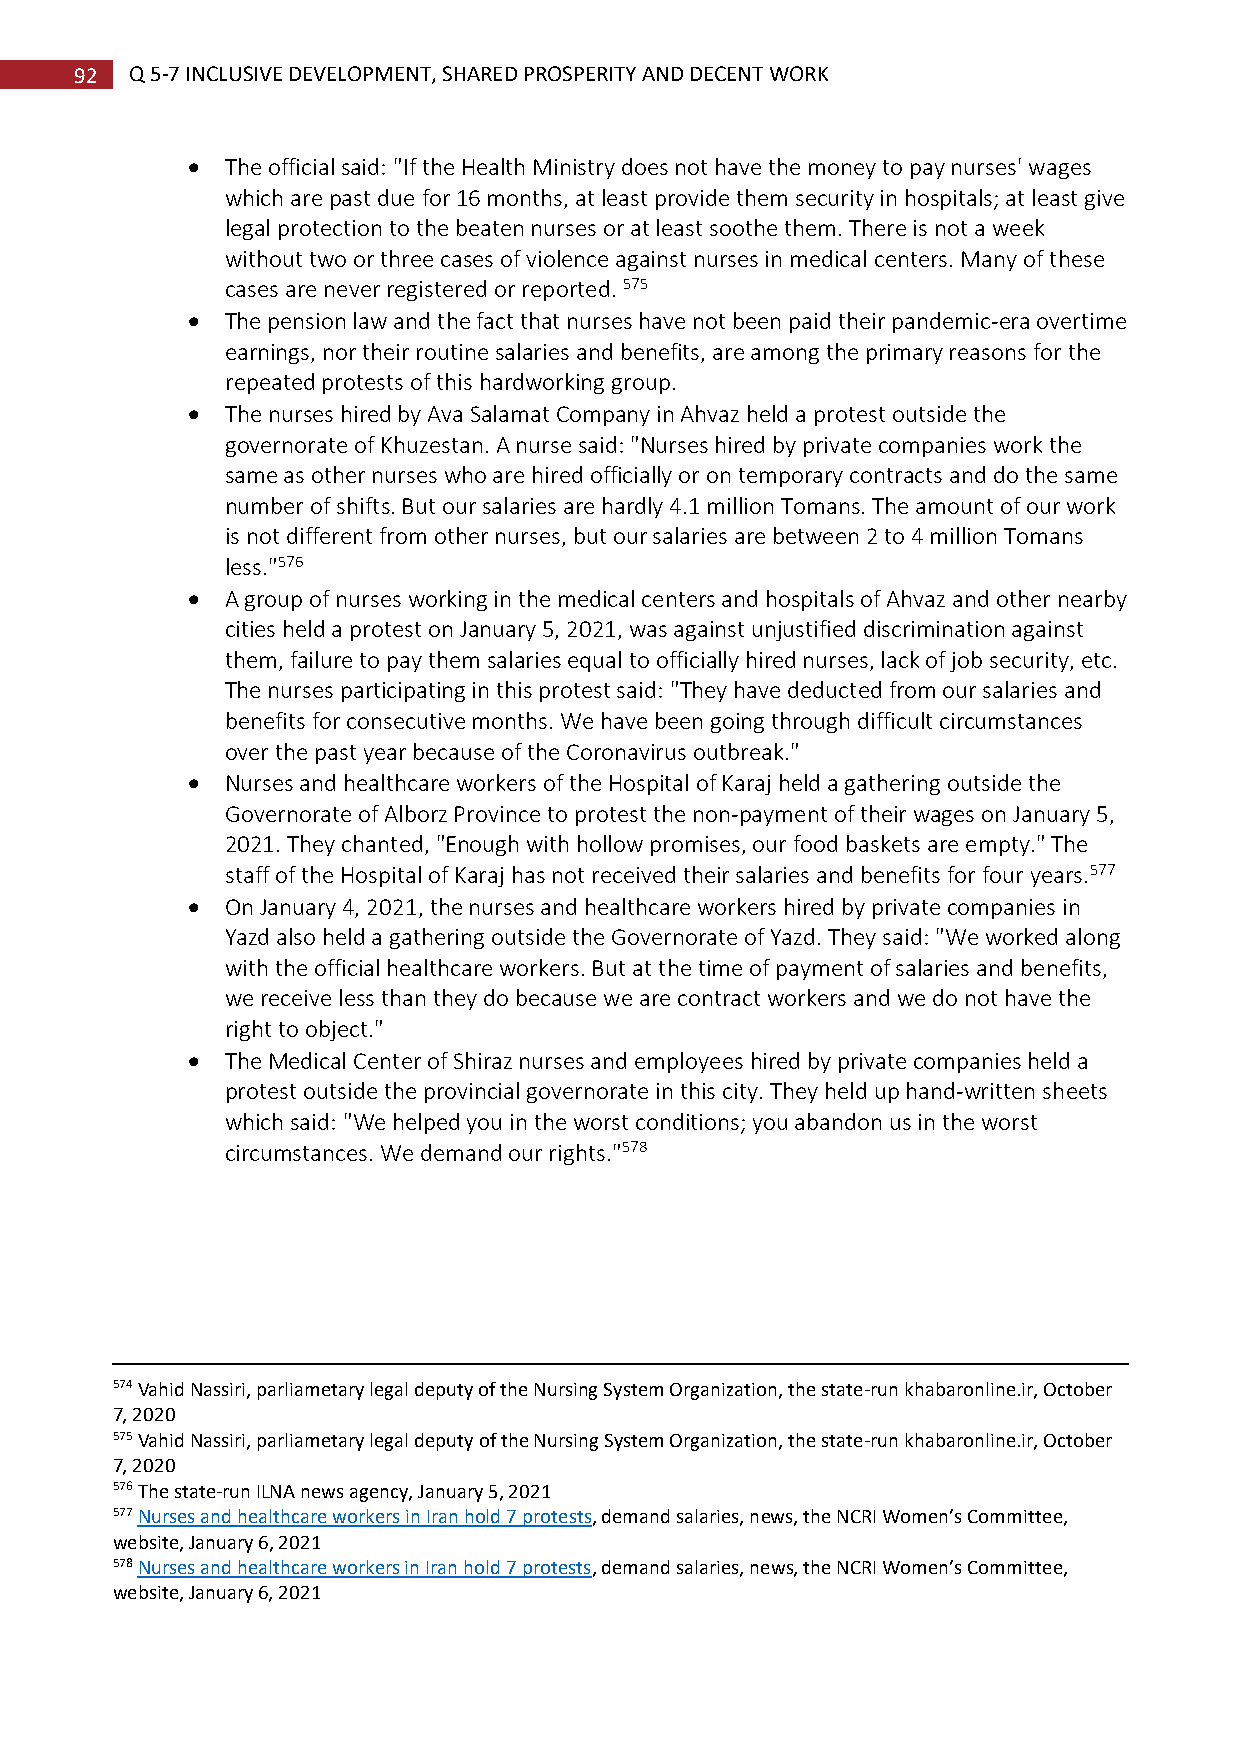
92  Q 5-7 INCLUSIVE DEVELOPMENT, SHARED PROSPERITY AND DECENT WORK
   The official said: "If the Health Ministry does not have the money to pay nurses' wages
 which are past due for 16 months, at least provide them security in hospitals; at least give
 legal protection to the beaten nurses or at least soothe them. There is not a week
 without two or three cases of violence against nurses in medical centers. Many of these
 cases are never registered or reported. 575
   The pension law and the fact that nurses have not been paid their pandemic-era overtime
 earnings, nor their routine salaries and benefits, are among the primary reasons for the
 repeated protests of this hardworking group.
   The nurses hired by Ava Salamat Company in Ahvaz held a protest outside the
 governorate of Khuzestan. A nurse said: "Nurses hired by private companies work the
 same as other nurses who are hired officially or on temporary contracts and do the same
 number of shifts. But our salaries are hardly 4.1 million Tomans. The amount of our work
 is not different from other nurses, but our salaries are between 2 to 4 million Tomans
 less."576
   A group of nurses working in the medical centers and hospitals of Ahvaz and other nearby
 cities held a protest on January 5, 2021, was against unjustified discrimination against
 them, failure to pay them salaries equal to officially hired nurses, lack of job security, etc.
 The nurses participating in this protest said: "They have deducted from our salaries and
 benefits for consecutive months. We have been going through difficult circumstances
 over the past year because of the Coronavirus outbreak."
   Nurses and healthcare workers of the Hospital of Karaj held a gathering outside the
 Governorate of Alborz Province to protest the non-payment of their wages on January 5,
 2021. They chanted, "Enough with hollow promises, our food baskets are empty." The
 staff of the Hospital of Karaj has not received their salaries and benefits for four years.577
   On January 4, 2021, the nurses and healthcare workers hired by private companies in
 Yazd also held a gathering outside the Governorate of Yazd. They said: "We worked along
 with the official healthcare workers. But at the time of payment of salaries and benefits,
 we receive less than they do because we are contract workers and we do not have the
 right to object."
   The Medical Center of Shiraz nurses and employees hired by private companies held a
 protest outside the provincial governorate in this city. They held up hand-written sheets
 which said: "We helped you in the worst conditions; you abandon us in the worst
 circumstances. We demand our rights."578
 574 Vahid Nassiri, parliametary legal deputy of the Nursing System Organization, the state-run khabaronline.ir, October
 7, 2020
 575 Vahid Nassiri, parliametary legal deputy of the Nursing System Organization, the state-run khabaronline.ir, October
 7, 2020
 576 The state-run ILNA news agency, January 5, 2021
 577 Nurses and healthcare workers in Iran hold 7 protests, demand salaries, news, the NCRI Women’s Committee,
 website, January 6, 2021
 578 Nurses and healthcare workers in Iran hold 7 protests, demand salaries, news, the NCRI Women’s Committee,
 website, January 6, 2021